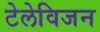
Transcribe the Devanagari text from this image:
टेलेविजन